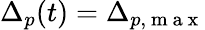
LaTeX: \Delta_{p}(t)=\Delta_{p,\mathrm{~m~a~x~}}